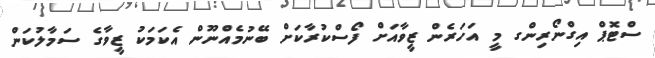
ސްޓޮޕް އިގްނޯރިންގ މީ އަހަރެން ޒީވާއަށް ފޯސްކުރާކަށް ބޭނުމެއްނޫން އެކަމަކު ޒީވާގެ ސަމާލުކަން